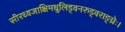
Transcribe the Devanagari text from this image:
सीरध्वजाक्षिमधुलिड्वनरुड्वराङ्घ्रेः।